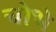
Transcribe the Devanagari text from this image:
चोभे